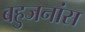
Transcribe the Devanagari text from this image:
बहुजनांस